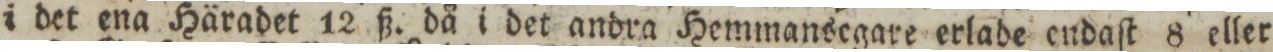
i det ena Häradet 12 ß. då i det andra Hemmansegare erlade endaſt 8 eller